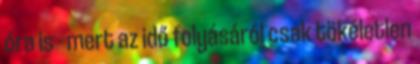
óra is - mert az idő folyásáról csak tökéletlen